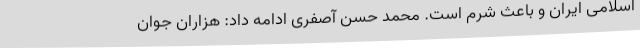
اسلامی ایران و باعث شرم است. محمد حسن آصفری ادامه داد: هزاران جوان